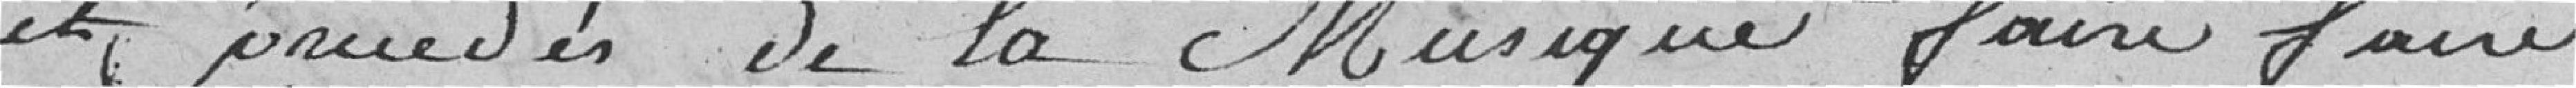
et   de la musique faire faire